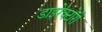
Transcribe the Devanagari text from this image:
डाइरेक्टोरी